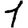
Digit: 1